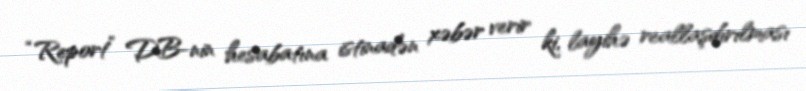
“Report” DB-nin hesabatına istinadən xəbər verir ki, layihə reallaşdırılması